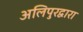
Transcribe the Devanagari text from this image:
अलिपुरद्वारा